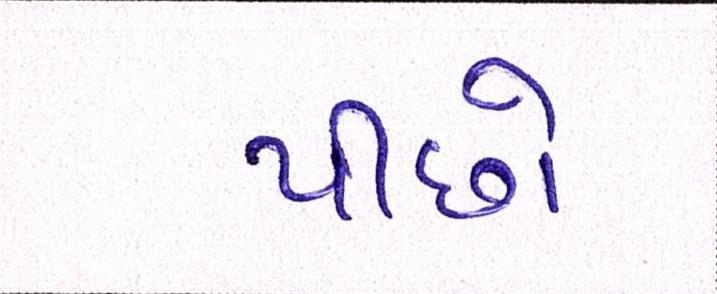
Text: પીછો